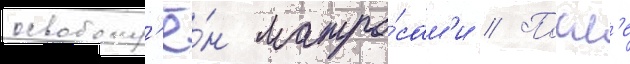
освобожд'ё́н матро́сам'и // Посл'е